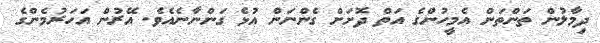
ދިމާލުން ތަންތަން އެމީހުންގެ އަތް ދޮށަށް ގެންނަން އުޅެ ގަންނާނެއެވެ. އޭރުން އަހަރުމެންގެ